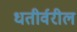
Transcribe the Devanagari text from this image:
धतीर्वरील